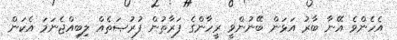
އެހެންވެ އޭނާ ބާރު އަޅަން ބޭނުންވީ ރީހާންގެ ފަރާތުން ފުރުޞަތެއް ލިބިއްޖެނަމަ އެކަން